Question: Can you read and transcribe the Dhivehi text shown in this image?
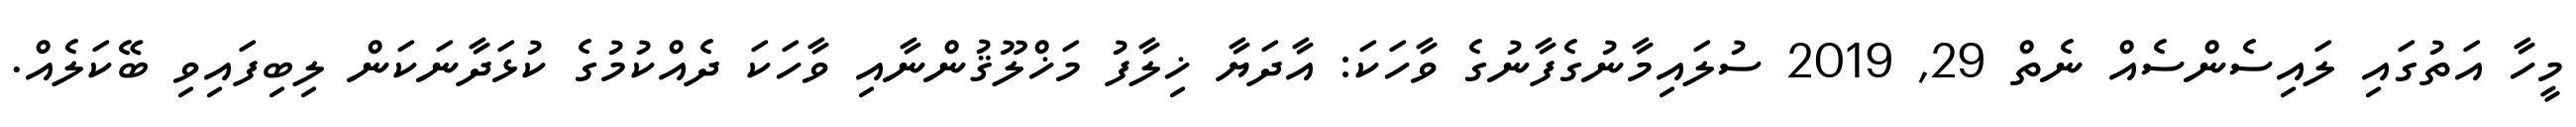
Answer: މީހާ އަތުގައި ލައިސެންސެއް ނެތް 29, 2019 ސުލައިމާނުގެފާނުގެ ވާހަކަ: އާދަޔާ ޚިލާފު މަޚްލޫޤުންނާއި ވާހަކަ ދެއްކުމުގެ ކުޅަދާނަކަން ލިބިފައިވި ބޭކަލެއް.